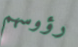
رؤوسهم